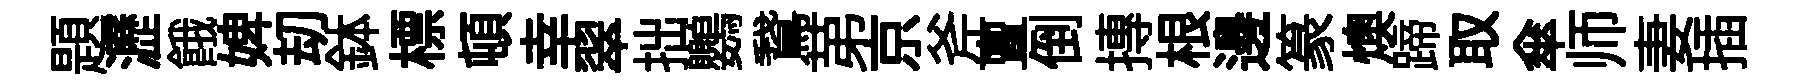
題瀝餓婢刧鉢標頓幸翠拙鸚鵞苐京斧亶倒摶根邊篆燠蹄取傘师妻插